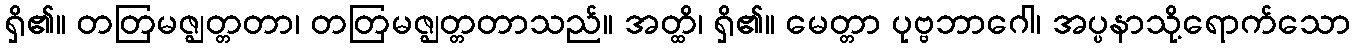
ရှိ၏။ တတြမဇ္ဈတ္တတာ၊ တတြမဇ္ဈတ္တတာသည်။ အတ္ထိ၊ ရှိ၏။ မေတ္တာ ပုဗ္ဗဘာဂေါ၊ အပ္ပနာသို့ရောက်သော